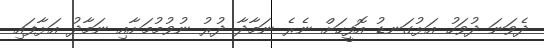
ދެވަނަ ދުވަހު އަޅުގަނޑު އޮފީހަށް ނެރެ ނަމާދާ ދުރު ނުވުމުމަށާއި ނަމާދު އަޅާފައި